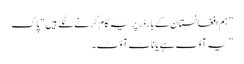
” ہم افغانستان کے بارڈر پر یہ کام کرنے لگے ہیں“ پاک
” یہ آؤٹ ہے یا ناٹ آؤٹ۔